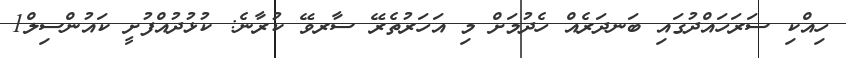
ހިއްކި ސަރަހައްދުގައި ބަނދަރެއް ހެދުމަށް މި އަހަރުތެރޭ ސާރވޭ ކުރާނެ: ކުޅުދުއްފުށީ ކައުންސިލް1